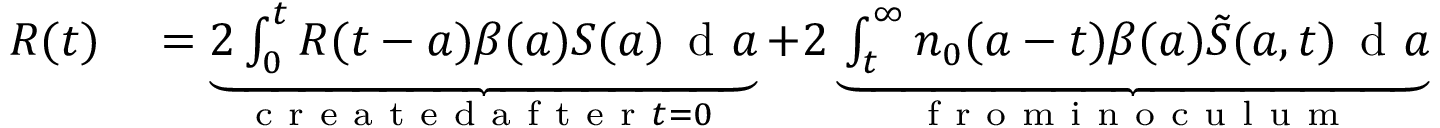
\begin{array} { r l } { R ( t ) } & { { } = \underbrace { 2 \int _ { 0 } ^ { t } { R ( t - a ) \beta ( a ) S ( a ) \, \mathrm { ~ d ~ } a } } _ { \mathrm { ~ c ~ r ~ e ~ a ~ t ~ e ~ d ~ a ~ f ~ t ~ e ~ r ~ } t = 0 \mathrm { ~ } } + 2 \underbrace { \int _ { t } ^ { \infty } { { { n } _ { 0 } } ( a - t ) \beta ( a ) \tilde { S } ( { a , t } ) \, \mathrm { ~ d ~ } a } } _ { \mathrm { ~ f ~ r ~ o ~ m ~ i ~ n ~ o ~ c ~ u ~ l ~ u ~ m ~ } } } \end{array}